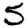
Digit: 5